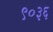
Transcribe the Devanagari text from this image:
९०३६